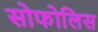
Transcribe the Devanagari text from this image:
सोफोलिस